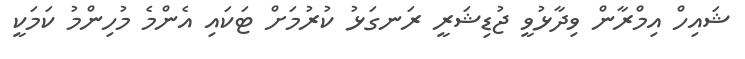
ޝައިހް އިމްރާން ވިދާޅުވީ ޖުޑިޝަރީ ރަނގަޅު ކުރުމަށް ޓަކައި އެންމެ މުހިންމު ކަމަކީ